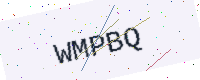
Text: WMPBQ